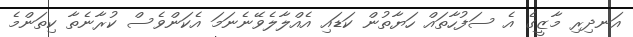
އަނދިރި މާޒީގެ އެ ސަފުހާތައް ހަޔާތުން ކަޑައި އެއްލާލެވޭނެނަމަ އެކަންވެސް ކުރާނެތާ ކިތަންމެ